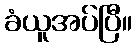
ခံယူအပ်ပြီ။